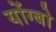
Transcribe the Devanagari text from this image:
योंग्बो